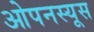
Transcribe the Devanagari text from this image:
ओपनस्यूस